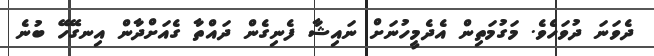
ދެވަނަ ދުވަހެވެ. މަގުމަތިން އެދެމީހުނަށް ނައިޝާ ފެނިގެން ދައްތާ ގެއަށްދާން އިނގޭހޭ ބުނެ